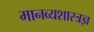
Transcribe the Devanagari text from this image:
मानव्यशास्त्रज्ञ